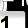
Digit: 1